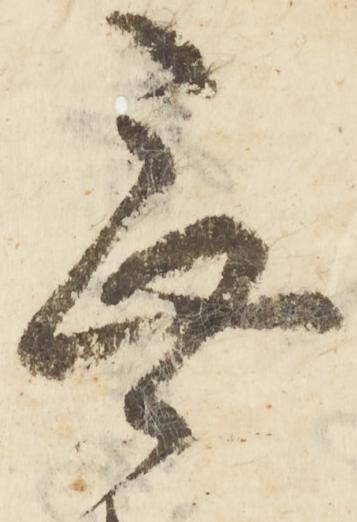
無